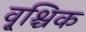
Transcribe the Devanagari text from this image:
वृ्श्चिक